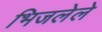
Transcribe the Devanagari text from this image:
भिजलेले